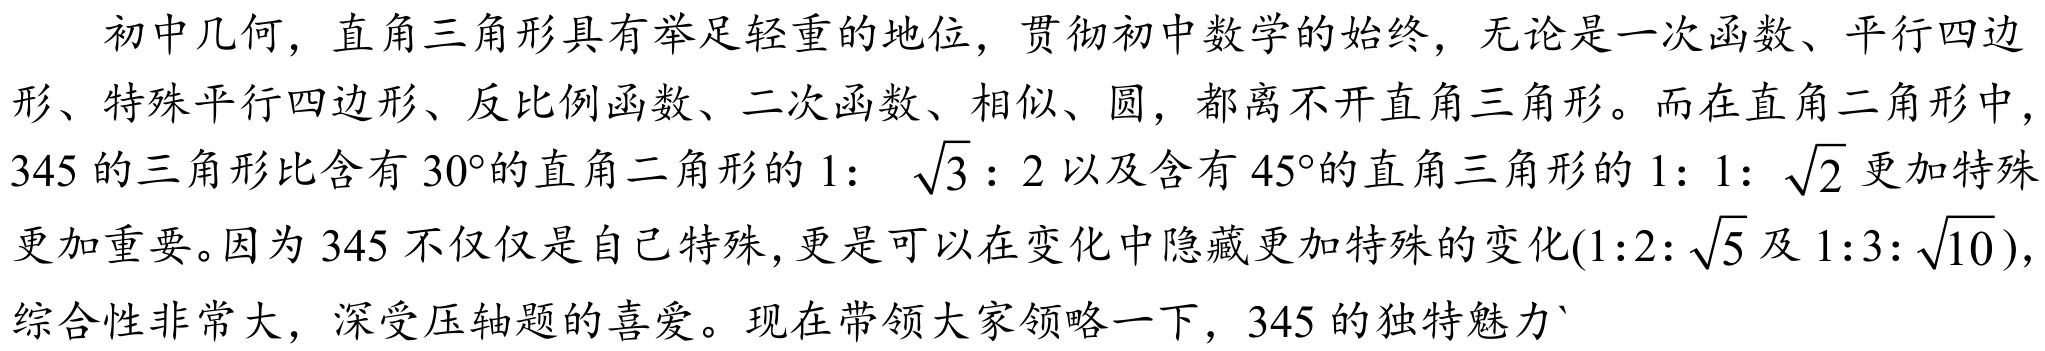
初中几何，直角三角形具有举足轻重的地位，贯彻初中数学的始终，无论是一次函数、平行四边形、特殊平行四边形、反比例函数、二次函数、相似、圆，都离不开直角三角形。而在直角三角形中，\(345\) 的三角形比含有 \(30^{\circ}\)的直角三角形的 \(1:\sqrt{3}:2\) 以及含有 \(45^{\circ}\)的直角三角形的 \(1:1:\sqrt{2}\) 更加特殊更加重要。因为 \(345\) 不仅仅是自己特殊，更是可以在变化中隐藏更加特殊的变化\((1:2:\sqrt{5}\) 及 \(1:3:\sqrt{10})\)，综合性非常大，深受压轴题的喜爱。现在带领大家领略一下，\(345\) 的独特魅力`